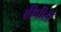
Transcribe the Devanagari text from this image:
वीपीटी